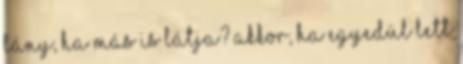
lány, ha más is látja? Akkor, ha egyedül lett